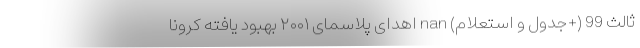
ثالث 99 (+جدول و استعلام) nan اهدای پلاسمای ۲۰۰۱ بهبود یافته کرونا